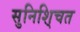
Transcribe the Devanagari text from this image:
सुनिशि्चत